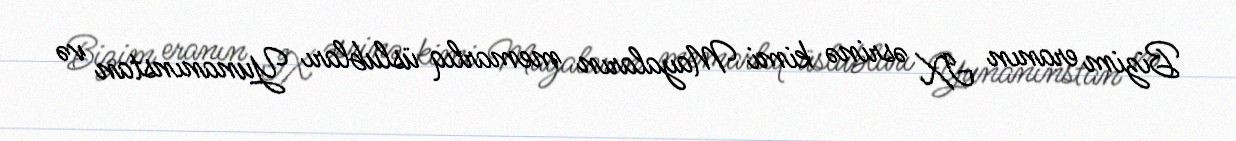
Bizim eranın IX əsrinə kimi Mayaların memarlıq üslubları Yunanınstan və